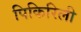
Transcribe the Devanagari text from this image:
पिकिरिली